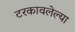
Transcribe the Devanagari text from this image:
टरकावलेल्या